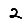
Digit: 2